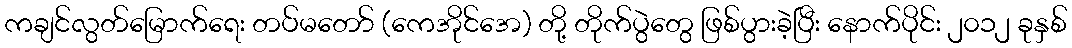
ကချင်လွတ်မြောက်ရေး တပ်မတော် (ကေအိုင်အေ) တို့ တိုက်ပွဲတွေ ဖြစ်ပွားခဲ့ပြီး နောက်ပိုင်း ၂၀၁၂ ခုနှစ်